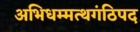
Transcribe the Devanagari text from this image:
अभिधम्मत्थगंठिपद